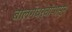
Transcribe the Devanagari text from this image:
बालगंधर्वांपासून